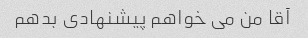
آقا من می خواهم پیشنهادی بدهم